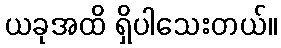
ယခုအထိ ရှိပါသေးတယ်။